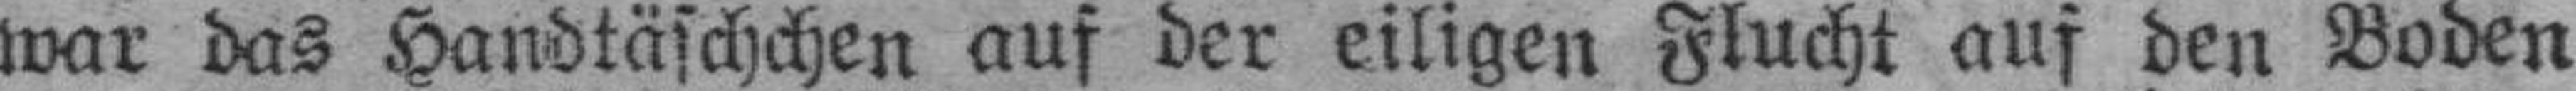
war das Handtäschchen auf der eiligen Flucht auf den Boden